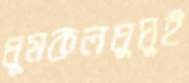
ধূমকলঘুঘুই